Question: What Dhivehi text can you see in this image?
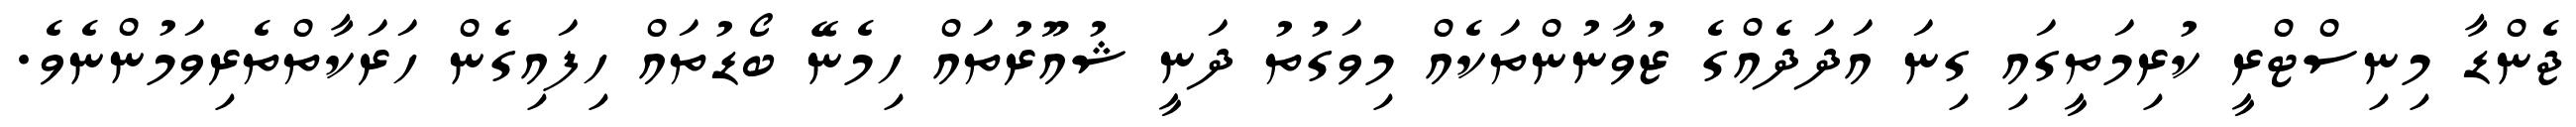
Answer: ޖެންޑާ މިނިސްޓްރީ ކުރިމަތީގައި ގިނަ އަދަދެއްގެ ޒުވާނުންތަކެއް މިވަގުތު ދަނީ ޝުއޫރުތައް ހިމެނޭ ބޯޑުތައް ހިފައިގެން ހަރަކާތްތެރިވަމުންނެވެ.